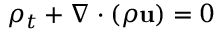
\rho _ { t } + \nabla \cdot ( \rho \mathbf { u } ) = 0